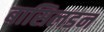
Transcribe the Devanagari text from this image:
बासिलडन